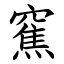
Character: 䆶